Investigations on Bengal jail dietaries - Number 37
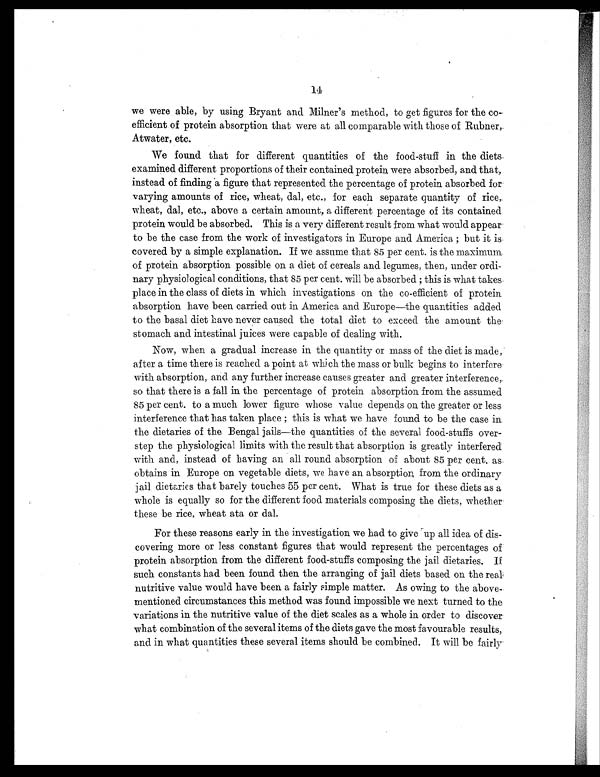
14
we were able, by using Bryant and Milner's method, to get figures for the co-
efficient of protein absorption that were at all comparable with those of Rubner,
Atwater, etc.
We found that for different quantities of the food-stuff in the diets.
examined different proportions of their contained protein were absorbed, and that,
instead of finding a figure that represented the percentage of protein absorbed for
varying amounts of rice, wheat, dal, etc., for each separate quantity of rice,
wheat, dal, etc., above a certain amount, a different percentage of its contained
protein would be absorbed. This is a very different result from what would appear
to be the case from the work of investigators in Europe and America; but it is
covered by a simple explanation. If we assume that 85 per cent. is the maximum
of protein absorption possible on a diet of cereals and legumes, then, under ordi-
nary physiological conditions, that 85 per cent. will be absorbed; this is what takes.
place in the class of diets in which investigations on the co-efficient of protein
absorption have been carried out in America and Europe—the quantities added
to the basal diet have never caused the total diet to exceed the amount the
stomach and intestinal juices were capable of dealing with.
Now, when a gradual increase in the quantity or mass of the diet is made,
after a time there is reached a point at which the mass or bulk begins to interfere
with absorption, and any further increase causes greater and greater interference,
so that there is a fall in the percentage of protein absorption from the assumed
85 per cent. to a much lower figure whose value depends on. the greater or less
interference that has taken place; this is what we have found to be the case in
the dietaries of the Bengal jails—the quantities of the several food-stuffs over-
step the physiological limits with the result that absorption is greatly interfered
with and, instead of having an all round absorption of about 85 per cent. as.
obtains in Europe on vegetable diets, we have an absorption, from the ordinary
jail dietaries that barely touches 55 per cent. What is true for these diets as a
whole is equally so for the different food materials composing the diets, whether
these be rice, wheat ata or dal.
For these reasons early in the investigation we had to give up all idea of dis-
covering more or less constant figures that would represent the percentages of
protein absorption from the different food-stuffs composing the jail dietaries. If
such constants had been found then the arranging of jail diets based on the real,
nutritive value would have been a fairly simple matter. As owing to the above
mentioned circumstances this method was found impossible we next turned to the
variations in the nutritive value of the diet scales as a whole in order to discover
what combination of the several items of the diets gave the most favourable results,
and in what quantities these several items should be combined. It will be fairly